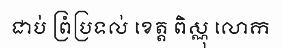
ជាប់ ព្រំប្រទល់ ខេត្ត ពិស្ណុ លោក